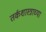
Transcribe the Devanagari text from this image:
तर्कशास्त्राच्या